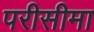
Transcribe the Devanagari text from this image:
परीसीमा